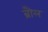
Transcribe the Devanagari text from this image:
ब्रौल